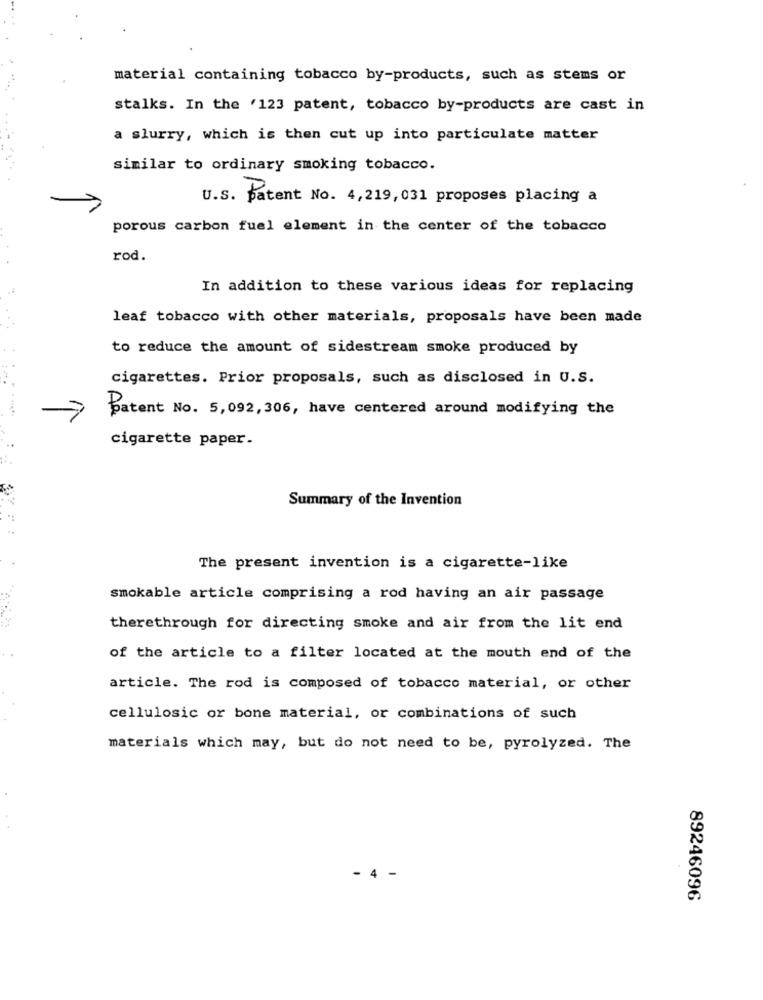
material containing tobacco by-products, such as stems or
stalks. In the '123 patent, tobacco by-products are cast in
a slurry, which is then cut up into particulate matter
similar to ordinary smoking tobacco.
U.s.
Patent No. 4,219,031 proposes placing a
porous carbon fuel element in the center of the tobacco
rod.
In addition to these various ideas for replacing
leaf tobacco with other materials, proposals have been made
to reduce the amount of sidestream smoke produced by
cigarettes. Prior proposals, such as disclosed in U.S.
Batent No. 5, 092, 306, have centered around modifying the
cigarette paper.
Summary of the Invention
The present invention is a cigarette-like
smokable article comprising a rod having an air passage
therethrough for directing smoke and air from the lit end
of the article to a filter located at the mouth end of the
article. The rod is composed of tobacco material, or other
cellulosic or bone material, or combinations of such
materials which may, but do not need to be, pyrolyzed. The
4
89246096